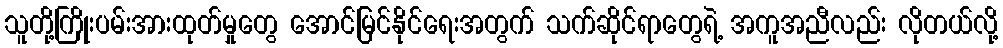
သူတို့ကြိုးပမ်းအားထုတ်မှုတွေ အောင်မြင်နိုင်ရေးအတွက် သက်ဆိုင်ရာတွေရဲ့ အကူအညီလည်း လိုတယ်လို့